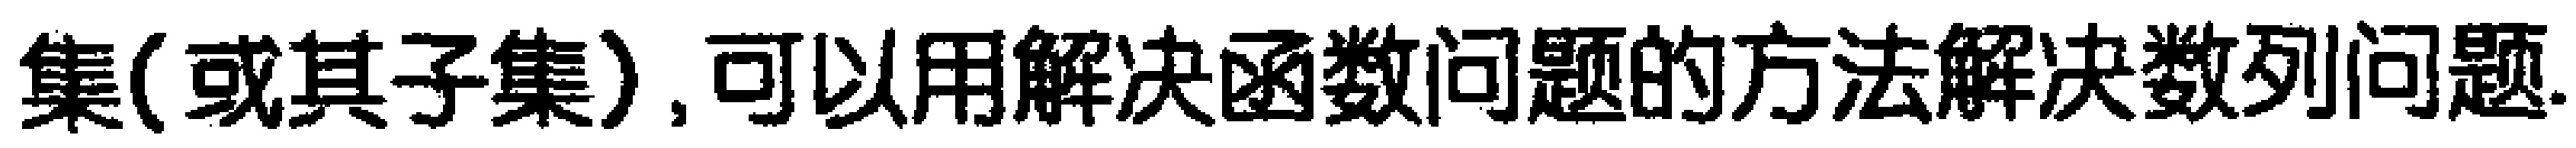
集(或其子集),可以用解决函数问题的方法解决数列问题.